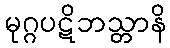
မုဂ္ဂပဋိဘသ္တာနိ